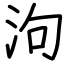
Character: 泃